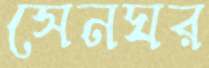
সেনঘর